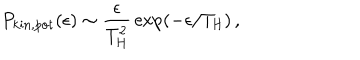
P _ { \mathrm { k i n , p o t } } ( \epsilon ) \sim { \frac { \epsilon } { T _ { \mathrm { H } } ^ { 2 } } } \exp ( - \epsilon / T _ { \mathrm { H } } ) \, ,